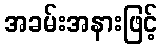
အခမ်းအနားဖြင့်